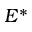
E ^ { * }